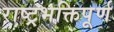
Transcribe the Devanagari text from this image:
राष्ट्रभक्तिपूर्ण